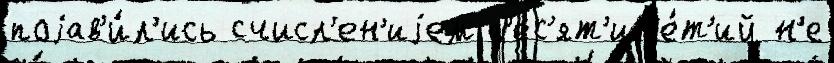
поjав'и́л'ись счисл'ен'иjем д'ес'ят'ил'е́т'ий н'е